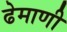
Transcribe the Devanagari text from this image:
ढेमाणी